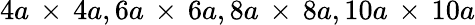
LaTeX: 4a\, \times\, 4a,6a\, \times\, 6a,8a\, \times\, 8a,10a\, \times\, 10a